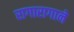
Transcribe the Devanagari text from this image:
रागारागाने